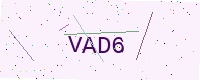
Text: VAD6